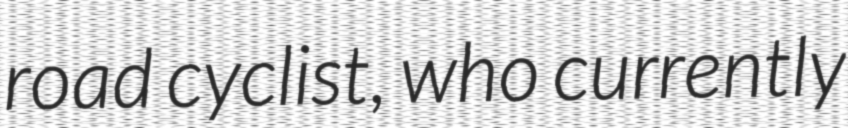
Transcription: road cyclist, who currently